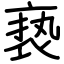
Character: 亵